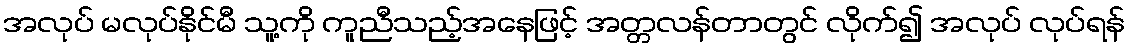
အလုပ် မလုပ်နိုင်မီ သူ့ကို ကူညီသည့်အနေဖြင့် အတ္တလန်တာတွင် လိုက်၍ အလုပ် လုပ်ရန်